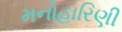
મનોહારિણી